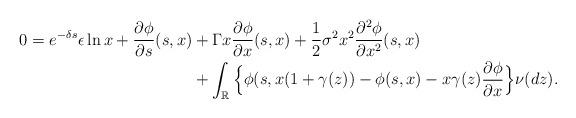
LaTeX: \begin{align*}0=e^{-\delta s}\epsilon\ln{x}+\frac{\partial \phi}{\partial s}(s,x)&+\Gamma x\frac{\partial \phi}{\partial x}(s,x) +\frac{1}{2}\sigma^2x^2\frac{\partial^2 \phi}{\partial x^2}(s,x) \\&+ \int_\mathbb{R}\Big\{\phi(s,x(1+\gamma(z))-\phi(s,x)-x\gamma(z)\frac{\partial\phi}{\partial x}\Big\}\nu(dz). \end{align*}